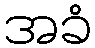
အခံ